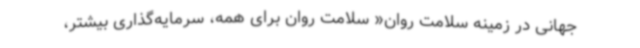
جهانی در زمینه سلامت روان« سلامت روان برای همه، سرمایه‌گذاری بیشتر،